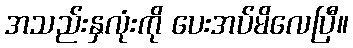
အသည်းနှလုံးကို ပေးအပ်မိလေပြီ။